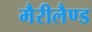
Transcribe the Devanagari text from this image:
मैरीलैण्ड